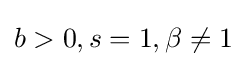
b>0,s=1,\beta \neq 1